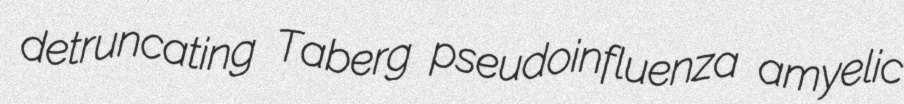
detruncating Taberg pseudoinfluenza amyelic